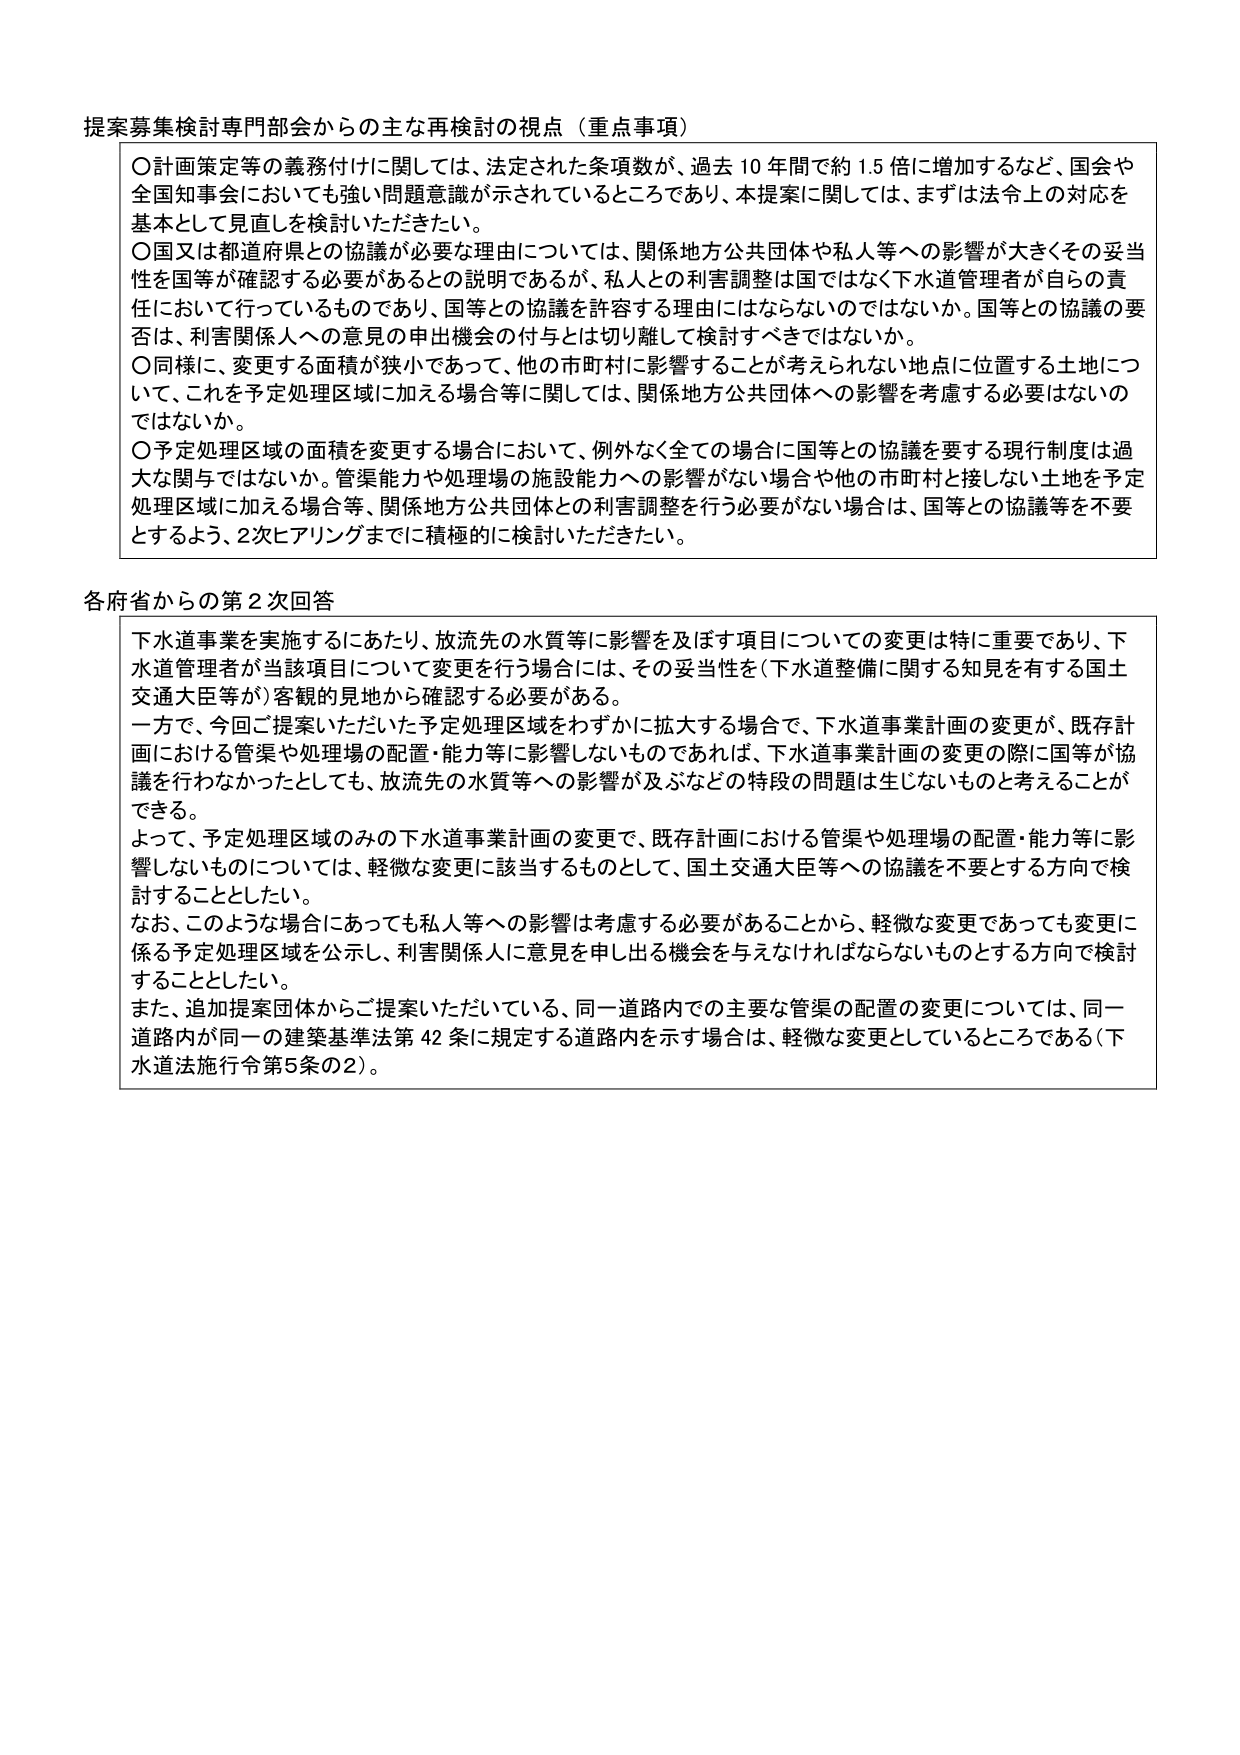
提案募集検討専門部会からの主な再検討の視点（重点事項）

〇計画策定等の義務付けに関しては、法定された条項数が、過去10年間で約1.5倍に増加するなど、国会や全国知事会においても強い問題意識が示されているところであり、本提案に関しては、まずは法令上の対応を基本として見直しを検討いただきたい。

〇国又は都道府県との協議が必要な理由については、関係地方公共団体や私人等への影響が大きくその妥当性を国等が確認する必要があるとの説明であるが、私人との利害調整は国ではなく下水道管理者が自らの責任において行っているものであり、国等との協議を許容する理由にはならないのではないか。国等との協議の要否は、利害関係人への意見の申出機会の付与とは切り離して検討すべきではないか。

〇同様に、変更する面積が狭小であって、他の市町村に影響することが考えられない地点に位置する土地について、これを予定処理区域に加える場合等に関しては、関係地方公共団体への影響を考慮する必要はないのではないか。

〇予定処理区域の面積を変更する場合において、例外なく全ての場合に国等との協議を要する現行制度は過大な関与ではないか。管渠能力や処理場の施設能力への影響がない場合や他の市町村と接しない土地を予定処理区域に加える場合等、関係地方公共団体との利害調整を行う必要がない場合は、国等との協議等を不要とするよう、2次ヒアリングまでに積極的に検討いただきたい。

各府省からの第2次回答

下水道事業を実施するにあたり、放流先の水質等に影響を及ぼす項目についての変更は特に重要であり、下水道管理者が当該項目について変更を行う場合には、その妥当性を（下水道整備に関する知見を有する国土交通大臣等が）客観的見地から確認する必要がある。

一方で、今回ご提案いただいた予定処理区域をわずかに拡大する場合で、下水道事業計画の変更が、既存計画における管渠や処理場の配置・能力等に影響しないものであれば、下水道事業計画の変更の際に国等が協議を行わなかったとしても、放流先の水質等への影響が及ぶなどの特段の問題は生じないものと考えることができる。

よって、予定処理区域のみの下水道事業計画の変更で、既存計画における管渠や処理場の配置・能力等に影響しないものについては、軽微な変更に該当するものとして、国土交通大臣等への協議を不要とする方向で検討することとしたい。

なお、このような場合にあっても私人等への影響は考慮する必要があることから、軽微な変更であっても変更に係る予定処理区域を公示し、利害関係人に意見を申し出る機会を与えなければならないものとする方向で検討することとしたい。

また、追加提案団体からご提案いただいている、同一道路内での主要な管渠の配置の変更については、同一道路内が同一の建築基準法第42条に規定する道路内を示す場合は、軽微な変更としているところである（下水道法施行令第5条の2）。